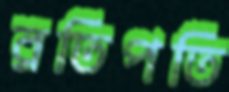
রতিপতি